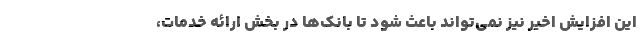
این افزایش اخیر نیز نمی‌تواند باعث شود تا بانک‌ها در بخش ارائه خدمات،